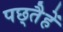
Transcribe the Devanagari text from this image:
पछ्तैहें